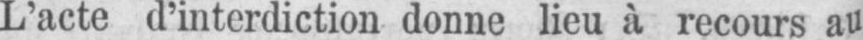
L’acte d’interdiction donne lieu à recours au